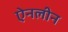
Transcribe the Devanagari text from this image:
ऐनलीन